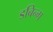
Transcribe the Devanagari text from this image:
डबिन्ग